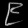
Digit: ၉